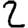
Digit: 2